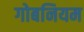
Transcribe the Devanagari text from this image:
गोबनियम